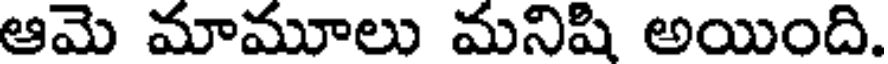
ఆమె మామూలు మనిషి అయింది.